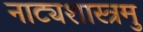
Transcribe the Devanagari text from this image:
नाट्यशास्त्रमु